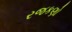
રજકણો